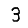
Digit: 3